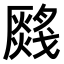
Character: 𤑂